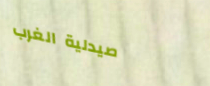
صيدلية الغرب